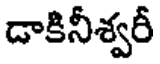
డాకినీశ్వరీ